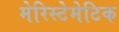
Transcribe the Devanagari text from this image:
मेरिस्टेमेटिक